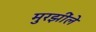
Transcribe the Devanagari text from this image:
मुरझींले